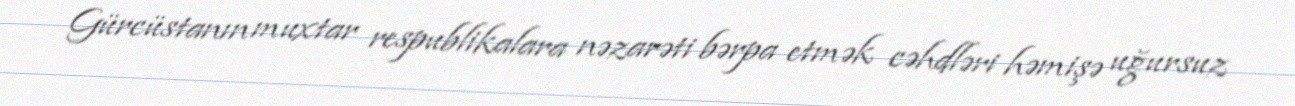
Gürcüstanın muxtar respublikalara nəzarəti bərpa etmək cəhdləri həmişə uğursuz